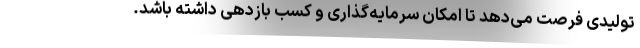
تولیدی فرصت می‌دهد تا امکان سرمایه‌گذاری و کسب بازدهی داشته باشد.